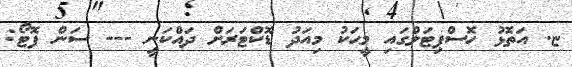
ޏ. އަތޮޅު ހޮސްޕިޓަލްގައި މީޙަކު މިއަދު ޑޮކްޓަރަށް ދައްކަނީ --- ސަން ފޮޓޯ: